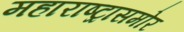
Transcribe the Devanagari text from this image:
महाराष्ट्रासमोर